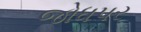
જોધપર